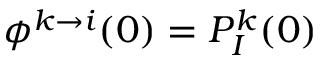
\phi ^ { k \to i } ( 0 ) = P _ { I } ^ { k } ( 0 )